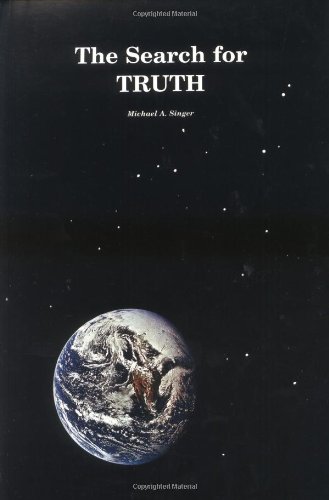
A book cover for The Search for Truth (Books with something to say); Michael A. Singer; Politics & Social Sciences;